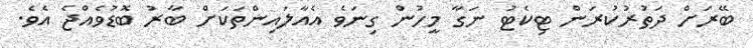
ބޭރަށް ދަތުރުކުރަން ޓިކެޓު ނަގާ މީހުން ގިނަވެ އެއާލައިންތަކަށް ބާރު ބޮޑުވެއްޖެ އެވެ.